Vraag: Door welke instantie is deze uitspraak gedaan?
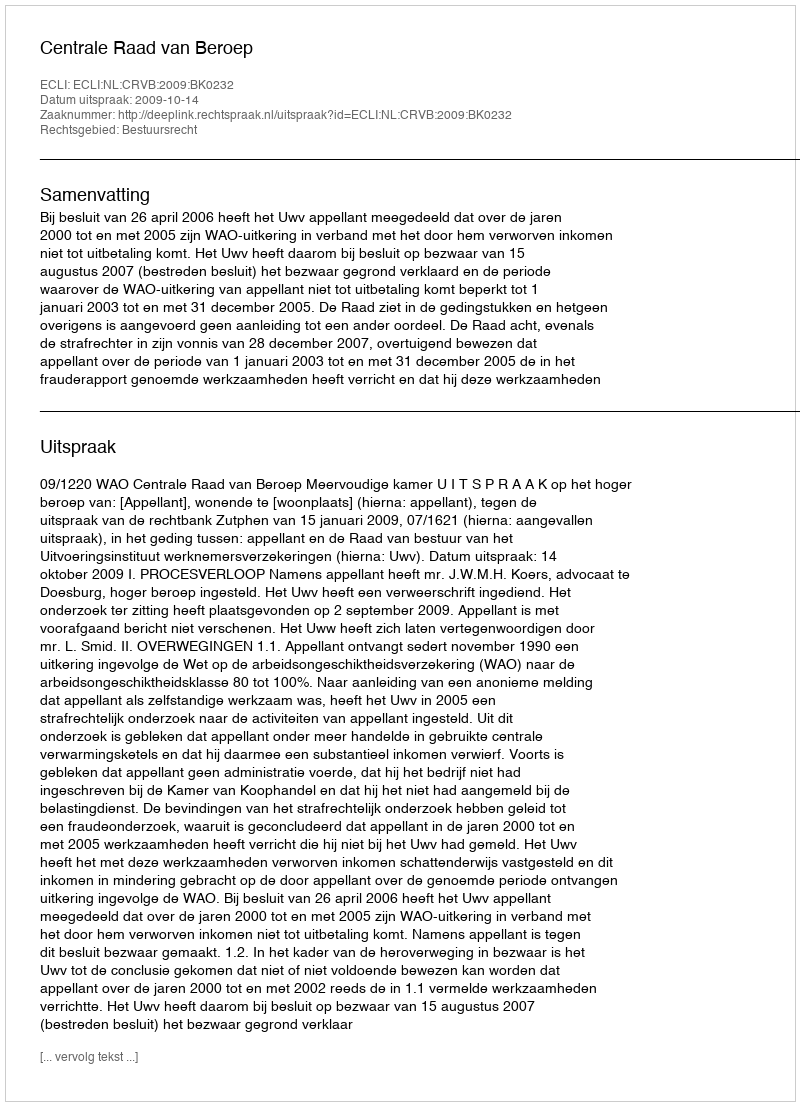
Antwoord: Centrale Raad van Beroep